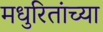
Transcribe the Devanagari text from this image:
मधुरितांच्या